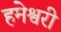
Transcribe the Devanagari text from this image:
हमेश्वरी